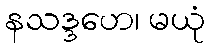
နသဒ္ဒဟေ၊ မယုံ